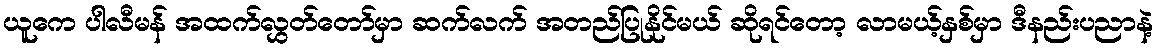
ယူကေ ပါလီမန် အထက်လွှတ်တော်မှာ ဆက်လက် အတည်ပြုနိုင်မယ် ဆိုရင်တော့ လာမယ့်နှစ်မှာ ဒီနည်းပညာနဲ့